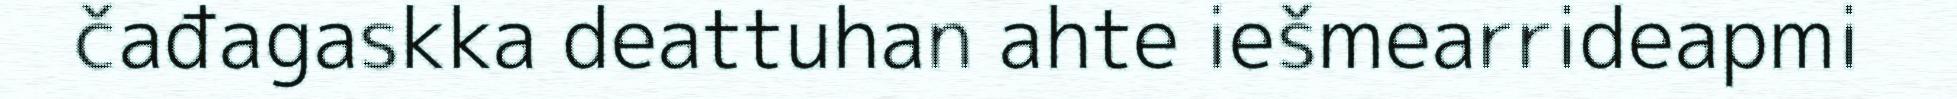
čađagaskka deattuhan ahte iešmearrideapmi